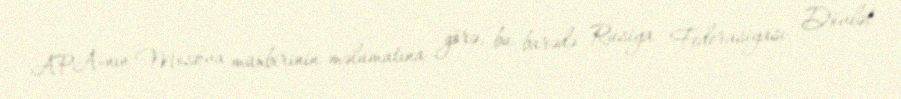
APA-nın Moskva müxbirinin məlumatına görə, bu barədə Rusiya Federasiyası Dövlət